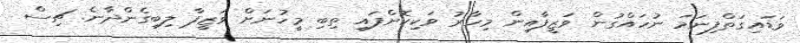
ވަޑައިގަތްފިނަމަ ނުހައްގުން ވަޒީފާއިން މިހާރު ވަކިކޮށްފައި ތިބި މީހުނަށް ވަޒީފާ ލިބިގެންދާނެ. ޗިސް